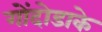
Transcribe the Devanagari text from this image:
गोंदोडाके